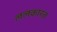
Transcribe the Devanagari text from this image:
ललकारत